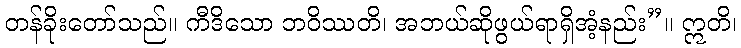
တန်ခိုးတော်သည်။ ကီဒိသော ဘဝိဿတိ၊ အဘယ်ဆိုဖွယ်ရာရှိအံ့နည်း”။ ဣတိ၊